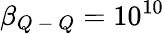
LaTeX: \beta_{Q\mathrm{~-~}Q}=10^{10}